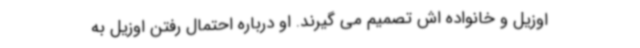
اوزیل و خانواده اش تصمیم می گیرند. او درباره احتمال رفتن اوزیل به